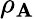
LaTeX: \rho_{\mathbf{A}}